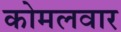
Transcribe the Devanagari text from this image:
काेमलवार